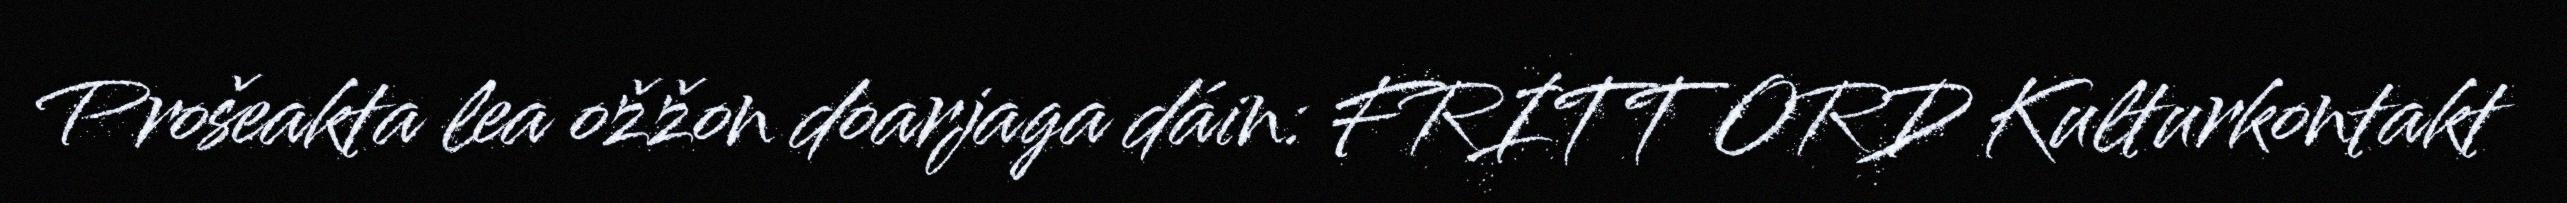
Prošeakta lea ožžon doarjaga dáin: FRITT ORD Kulturkontakt